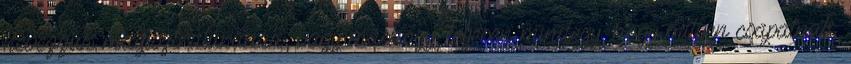
nevezzük magisztratúrának, vagy máshogy, teljesen mindegy, hogy milyen csapatnak.